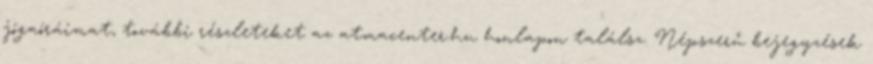
jógaóráimat, további részleteket az atmacenter.hu honlapon találsz. Népszerű bejegyzések